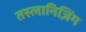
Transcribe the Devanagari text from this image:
तस्लानिज़िंग